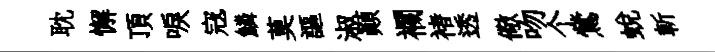
耽懈頂唳𡨥鱗莫謳淑顛襴褚透儆吻个鶯蜕斬